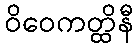
ဝိဝေကတ္ထိနီ